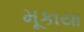
મૂકાયા